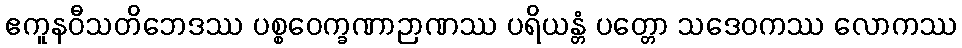
ဧကူနဝီသတိဘေဒဿ ပစ္စဝေက္ခဏာဉာဏဿ ပရိယန္တံ ပတ္တော သဒေဝကဿ လောကဿ